Indian journal of veterinary science and animal husbandry - Volumes 18-21, 1948-1951
Year: 1948
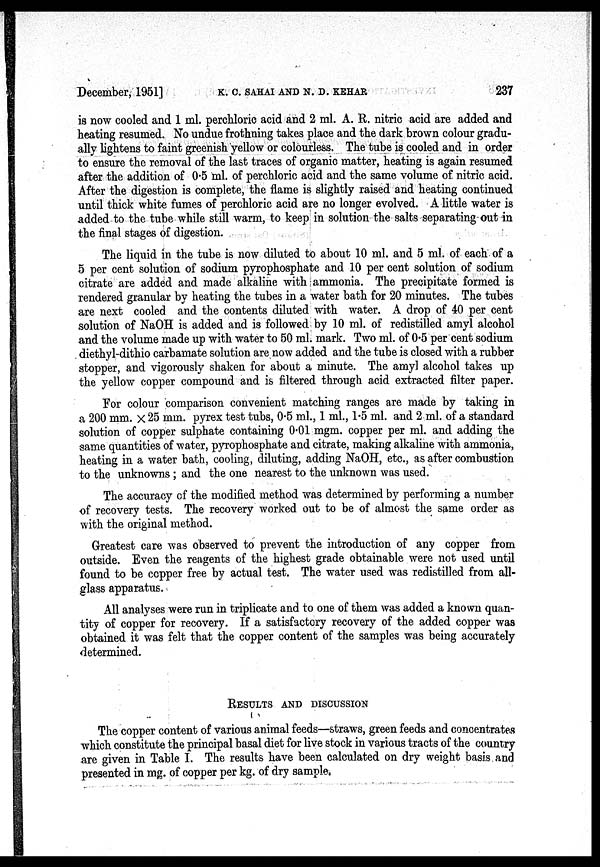
December, 1951]
K.
C.
SAHAI
AND
N.
D.
KEHAR
237
is now cooled and 1 ml. perchloric acid and 2 ml. A. R. nitric acid are added and
heating resumed. No undue frothning takes place and the dark brown colour gradu-
ally lightens to faint greenish yellow or colourless. The tube is cooled and in order
to ensure the removal of the last traces of organic matter, heating is again resumed
after the addition of 0.5 ml. of perchloric acid and the same volume of nitric acid.
After the digestion is complete, the flame is slightly raised and heating continued
until thick white fumes of perchloric acid are no longer evolved. A little water is
added to the tube while still warm, to keep in solution the salts separating out in
the final stages of digestion.
The liquid in the tube is now diluted to about 10 ml. and 5 ml. of each of a
5 per cent solution of sodium pyrophosphate and 10 per cent solution of sodium
citrate are added and made alkaline with ammonia. The precipitate formed is
rendered granular by heating the tubes in a water bath for 20 minutes. The tubes
are next cooled and the contents diluted with water. A drop of 40 per cent
solution of NaOH is added and is followed by 10 ml. of redistilled amyl alcohol
and the volume made up with water to 50 ml. mark. Two ml. of 0.5 per cent sodium
diethyl-dithio carbamate solution are now added and the tube is closed with a rubber
stopper, and vigorously shaken for about a minute. The amyl alcohol takes up
the yellow copper compound and is filtered through acid extracted filter paper.
For colour comparison convenient matching ranges are made by taking in
a 200 mm. x 25 mm. pyrex test tubs, 0.5 ml., 1 ml., 1.5 ml. and 2 ml. of a standard
solution of copper sulphate containing 0.01 mgm. copper per ml. and adding the
same quantities of water, pyrophosphate and citrate, making alkaline with ammonia,
heating in a water bath, cooling, diluting, adding NaOH, etc., as after combustion
to the unknowns; and the one nearest to the unknown was used.
The accuracy of the modified method was determined by performing a number
of recovery tests. The recovery worked out to be of almost the same order as
with the original method.
Greatest care was observed to prevent the introduction of any copper from
outside. Even the reagents of the highest grade obtainable were not used until
found to be copper free by actual test. The water used was redistilled from all-
glass apparatus.
All analyses were run in triplicate and to one of them was added a known quan-
tity of copper for recovery. If a satisfactory recovery of the added copper was
obtained it was felt that the copper content of the samples was being accurately
determined.
RESULTS AND DISCUSSION
The copper content of various animal feeds—straws, green feeds and concentrates
which constitute the principal basal diet for live stock in various tracts of the country
are given in Table I. The results have been calculated on dry weight basis and
presented in mg. of copper per kg. of dry sample.